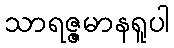
သာရဇ္ဇမာနရူပါ